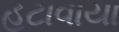
હટાવાયા